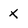
Character: x